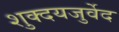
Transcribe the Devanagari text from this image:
शुक्दयजुर्वेद